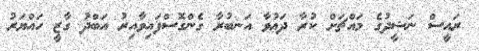
ރައީސް ނަޝީދުގެ މައްޗަށް ކުރާ ދަޢުވާ އަނބުރާ ގެންގޮސްފައިވާއިރު އަބްދު ގާޒީ ހައްޔަރު